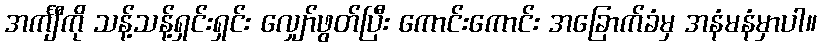
အင်္ကျီကို သန့်သန့်ရှင်းရှင်း လျှော်ဖွတ်ပြီး ကောင်းကောင်း အခြောက်ခံမှ အနံမနံမှာပါ။